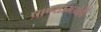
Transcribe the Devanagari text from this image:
प्राण्यांम्ध्येही